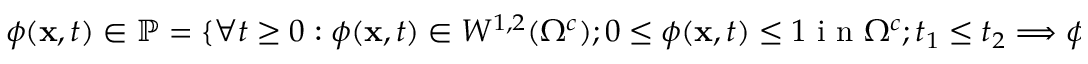
\phi ( \mathbf { x } , t ) \in \mathbb { P } = \lbrace \forall t \geq 0 : \phi ( \mathbf { x } , t ) \in W ^ { 1 , 2 } ( \Omega ^ { c } ) ; 0 \leq \phi ( \mathbf { x } , t ) \leq 1 \mathrm { ~ i ~ n ~ } \Omega ^ { c } ; t _ { 1 } \leq t _ { 2 } \Longrightarrow \phi ( \textbf { x } , t _ { 1 } ) \leq \phi ( \textbf { x } , t _ { 2 } ) \rbrace